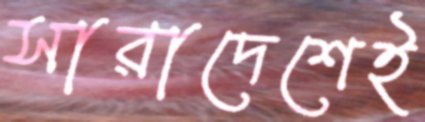
সারাদেশেই